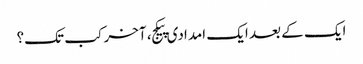
ایک کے بعد ایک امدادی پیکج، آخر کب تک؟